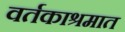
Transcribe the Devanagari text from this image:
वर्तकाश्रमात